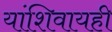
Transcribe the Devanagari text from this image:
यांशिवायही